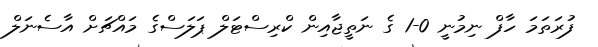
ފުރަތަމަ ހާފް ނިމުނީ 0-1 ގެ ނަތީޖާއިން ކްރިސްޓަލް ޕަލަސްގެ މައްޗަށް އާސެނަލް